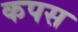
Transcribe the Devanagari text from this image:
कपस